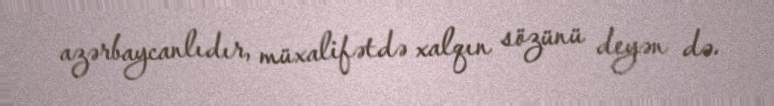
azərbaycanlıdır, müxalifətdə xalqın sözünü deyən də.